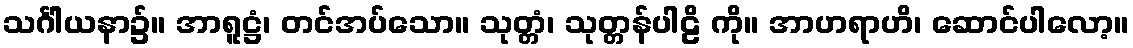
သင်္ဂါယနာ၌။ အာရူဋ္ဌံ၊ တင်အပ်သော။ သုတ္တံ၊ သုတ္တန်ပါဠိ ကို။ အာဟရာဟိ၊ ဆောင်ပါလော့။